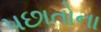
પછાતોના